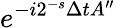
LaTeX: e^{{-i2^{-s}}\Delta tA^{\prime\prime}}